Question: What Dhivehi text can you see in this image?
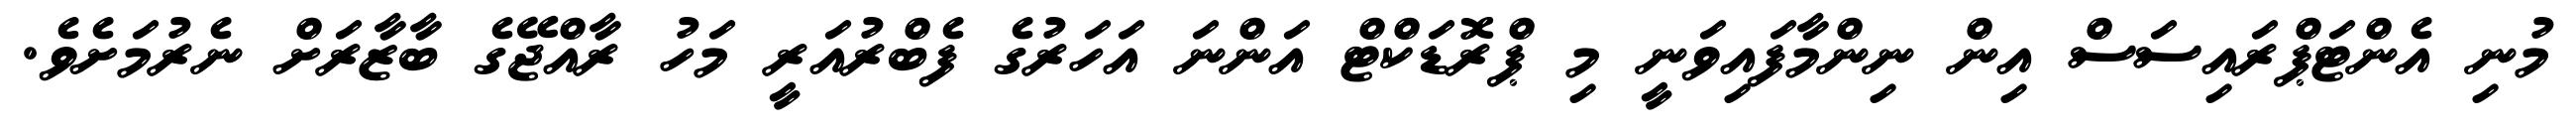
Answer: މުނި އެންޓަޕްރައިސަސް އިން ނިންމާފައިވަނީ މި ޕްރޮޑަކްޓް އަންނަ އަހަރުގެ ފެބްރުއަރީ މަހު ރާއްޖޭގެ ބާޒާރަށް ނެރުމަށެވެ.